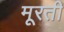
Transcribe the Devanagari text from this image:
मूरती